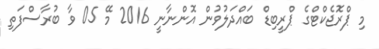
މި ޕްރޮޖެކްޓްގެ ޕްރީބިޑް ބައްދަލުވުން އޮންނާނީ 2016 މޭ 05 ވާ ބުރާސްފަތި